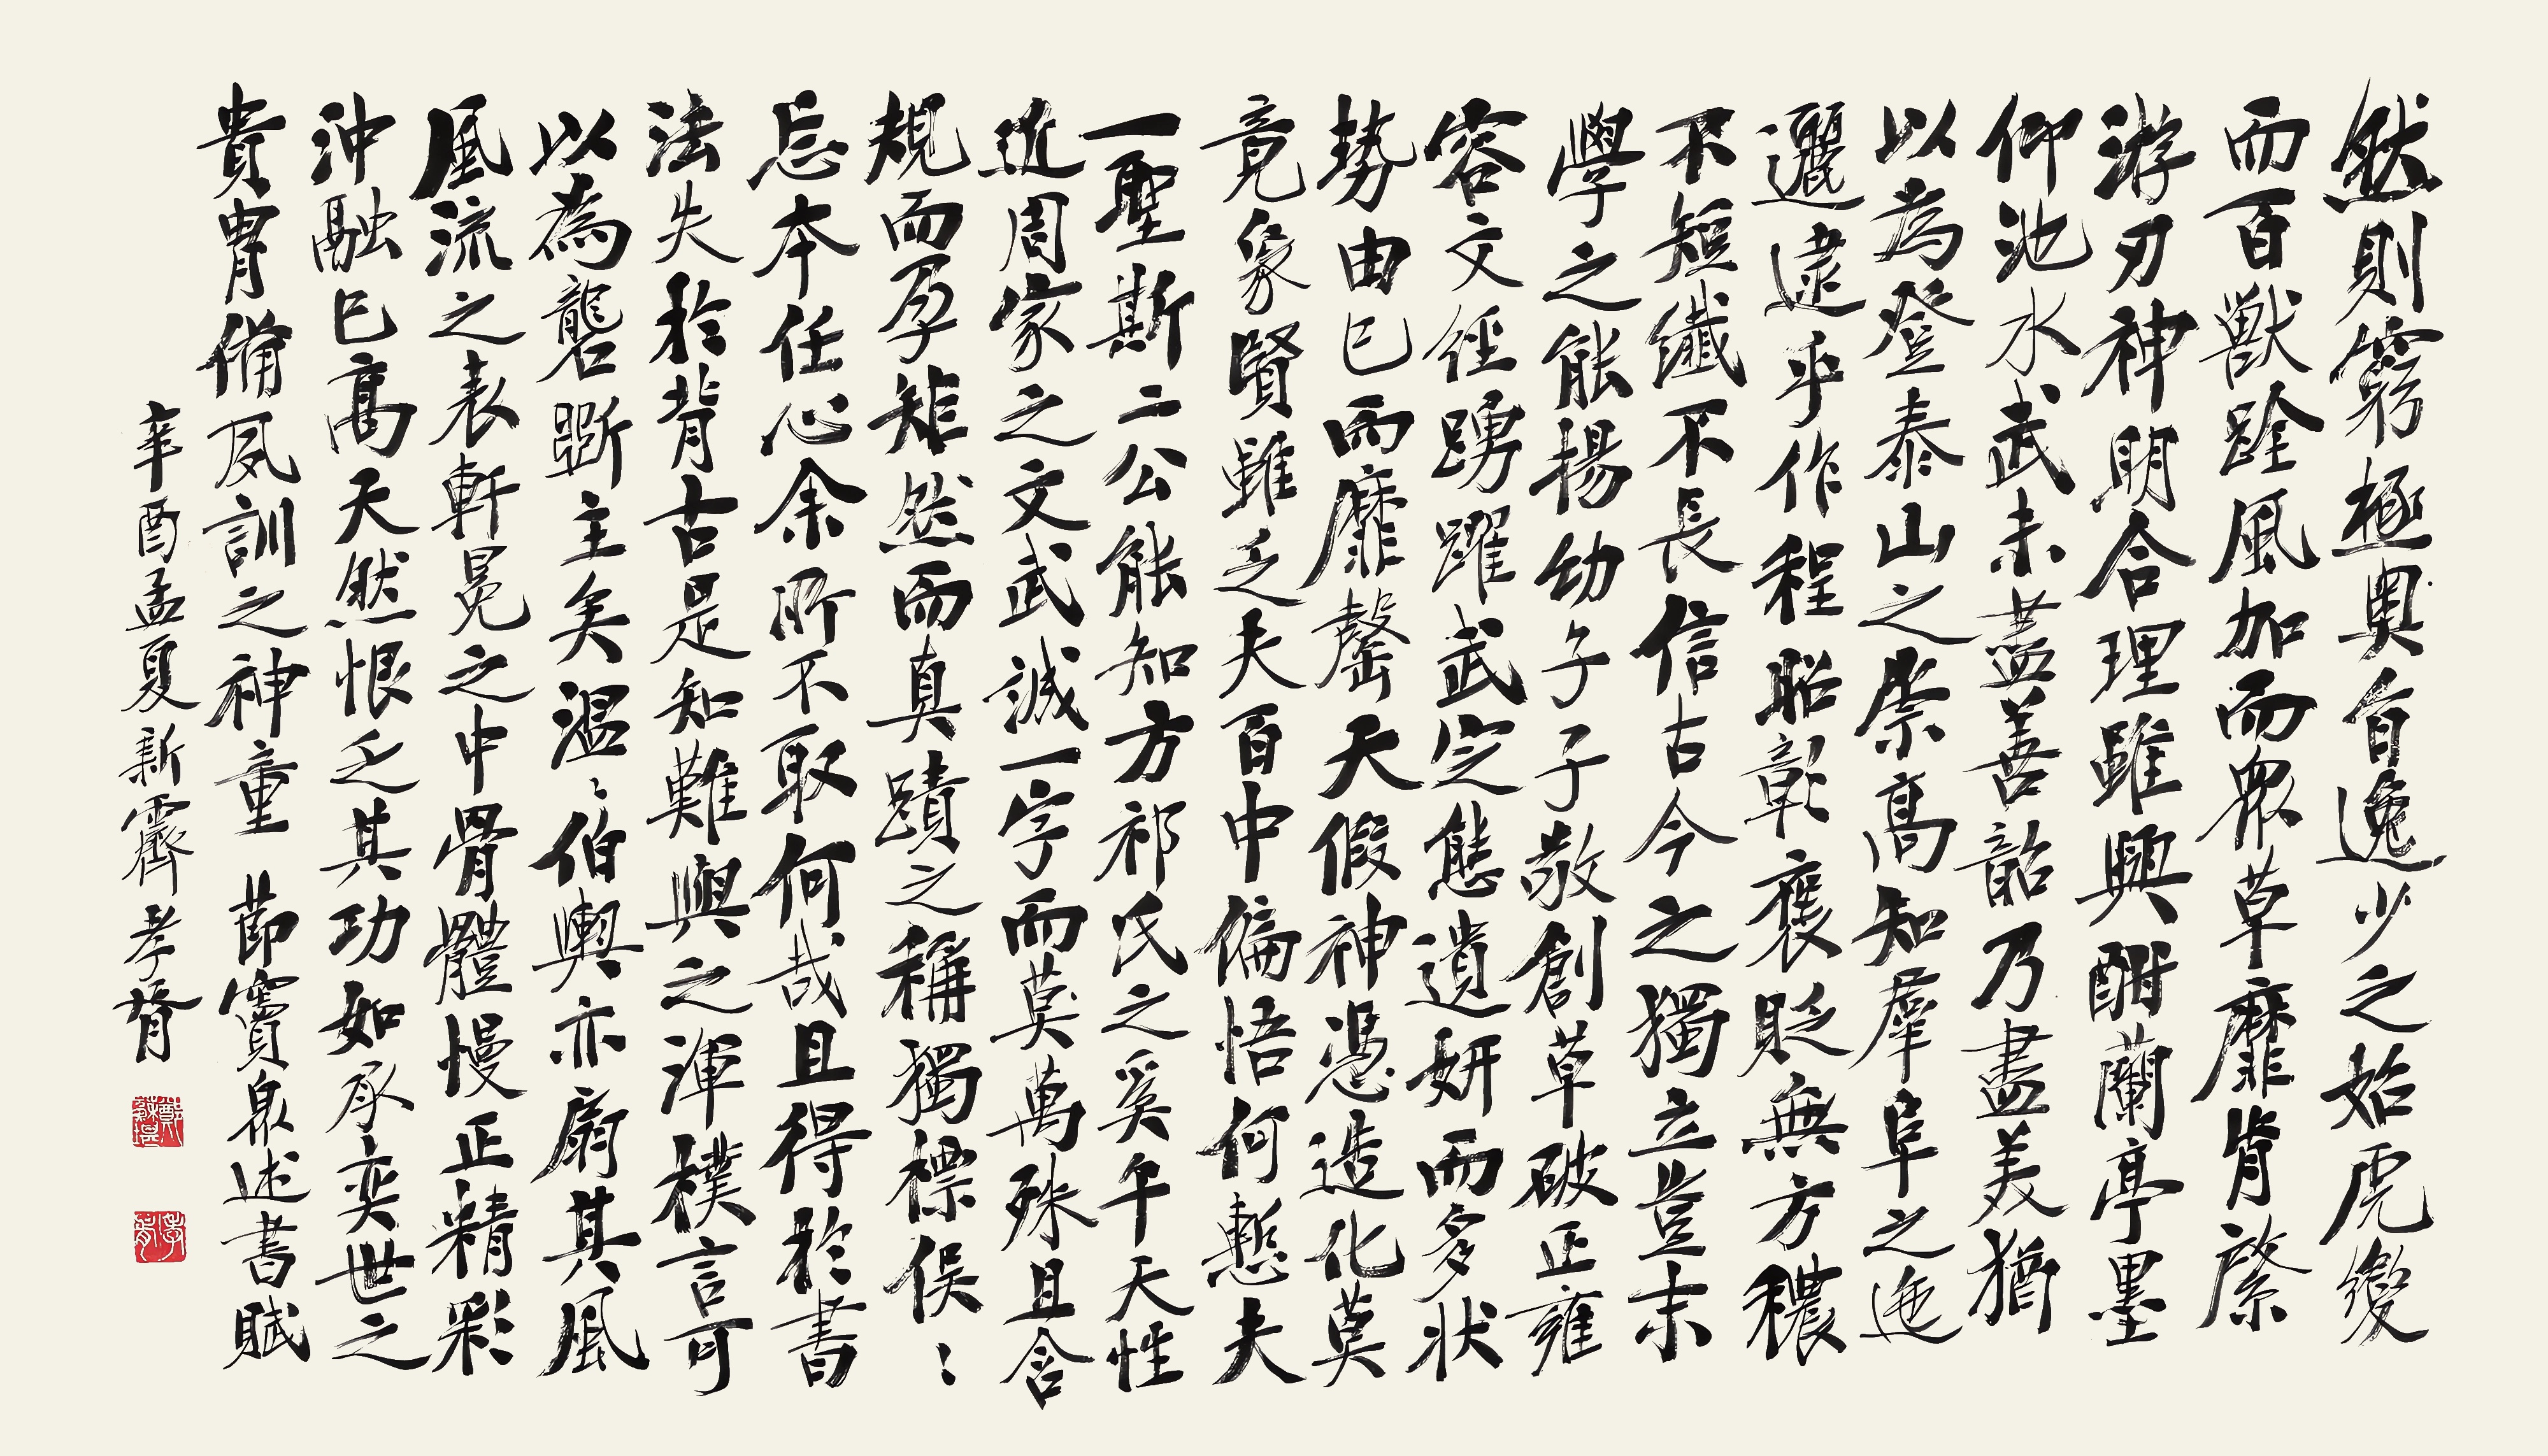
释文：然则，穷极奥旨，逸少之始。虎变而百兽跧，风加而众草靡。肯綮游刃，神明合理。虽兴酣兰亭，墨仰池水。武未尽善，韶乃尽美。犹以为登泰山之崇高，知群阜之迤逦。逮乎作程昭彰，褒贬无方。秾不短，纤不长。信古今之独立，岂末学之能扬。幼子子敬，创草破正。雍容文径，踊跃武定。态遗妍而多状，势由已而靡罄。天假神凭，造化莫竟。象贤虽乏夫百中，偏悟何惭夫一圣。斯二公，能知方祁氏之奚午，天性近周家之文武。诚一字而（莫）万殊，且含规而孕矩。然而真迹之称，独标俣俣。忘本任心，余所不取。何哉？且得于书法，失于背古。是知难与之浑朴言，可以为砻斫主矣。温温伯舆，亦扇其风。风流之表，轩冕之中。骨体慢正，精彩冲融。已高天然，恨乏其功。如承奕世之贵胄，备夙训之神童。节窦泉述书赋。辛酉孟夏新霁。孝胥。